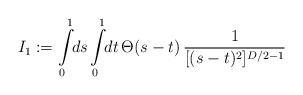
\begin{align*}I_1:= \int\limits_0^1 \!\! ds \int\limits_0^1 \!\! dt \,\Theta(s-t) \,{1 \over [(s-t)^2]^{D/2-1}}\end{align*}